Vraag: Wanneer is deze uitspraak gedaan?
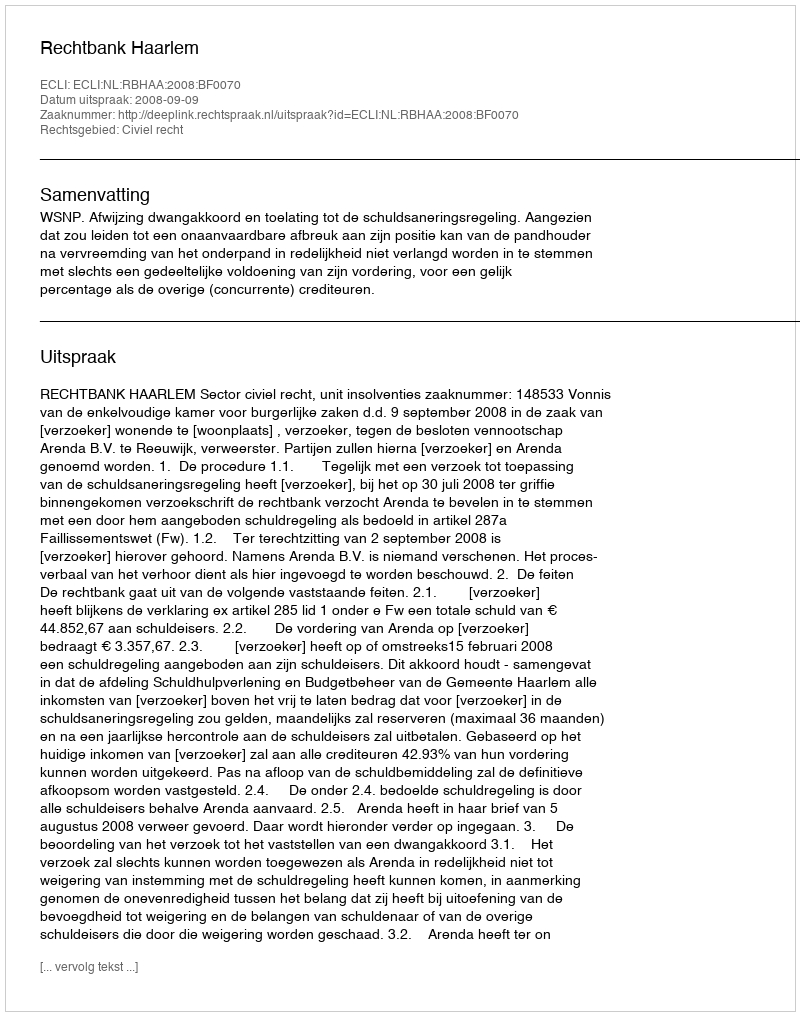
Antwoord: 2008-09-09